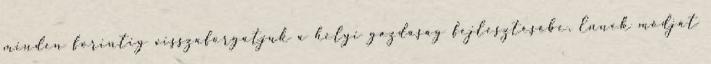
minden forintig visszaforgatjuk a helyi gazdaság fejlesztésébe. Ennek módját